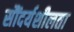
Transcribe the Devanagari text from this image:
सौंदर्यशीलता